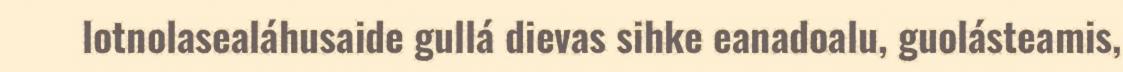
lotnolasealáhusaide gullá dievas sihke eanadoalu, guolásteamis,